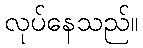
လုပ်နေသည်။